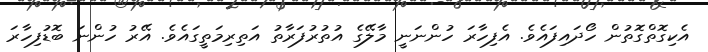
އެކިގޮތްގޮތުން ހޯދައިފައެވެ. އެފިހާރަ ހުންނަނީ މާލޭގެ އުތުރުފަރާތު އަތިރިމަތީގައެވެ. އޭރު ހުންނަ ބޮޑުފިހާރަ